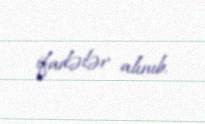
ifadələr alınıb.